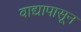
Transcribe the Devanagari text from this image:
वाद्यापासून